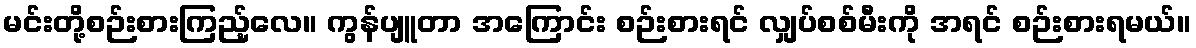
မင်းတို့စဉ်းစားကြည့်လေ။ ကွန်ပျူတာ အကြောင်း စဉ်းစားရင် လျှပ်စစ်မီးကို အရင် စဉ်းစားရမယ်။